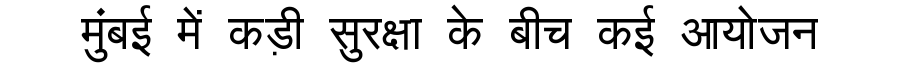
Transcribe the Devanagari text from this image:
मुंबई में कड़ी सुरक्षा के बीच कई आयोजन